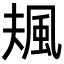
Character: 𩖬